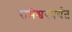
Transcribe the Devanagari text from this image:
रामेश्वरपर्यंत